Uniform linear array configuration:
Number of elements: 24
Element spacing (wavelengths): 0.25
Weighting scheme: hamming
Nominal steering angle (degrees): -60
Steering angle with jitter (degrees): -58.954
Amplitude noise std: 0.05
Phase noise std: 0.05

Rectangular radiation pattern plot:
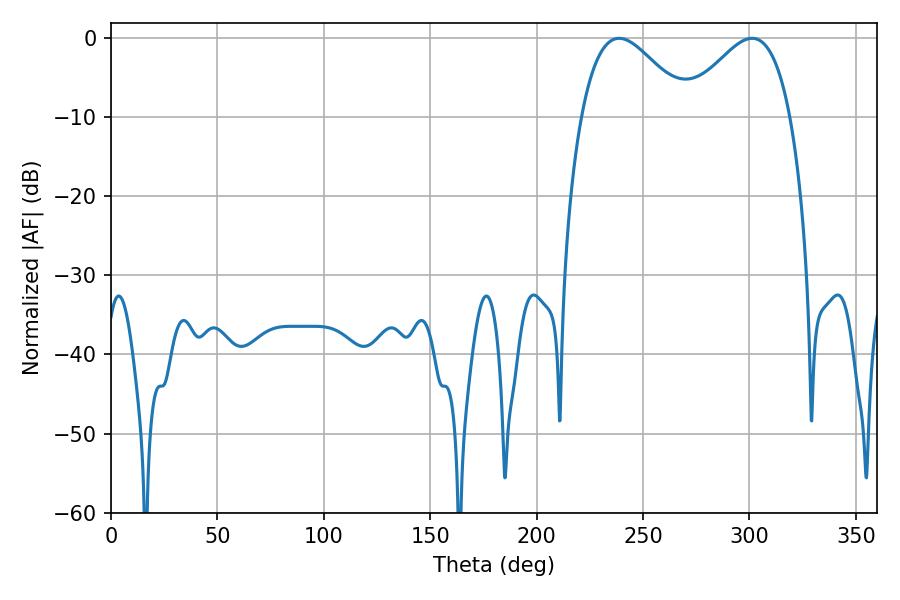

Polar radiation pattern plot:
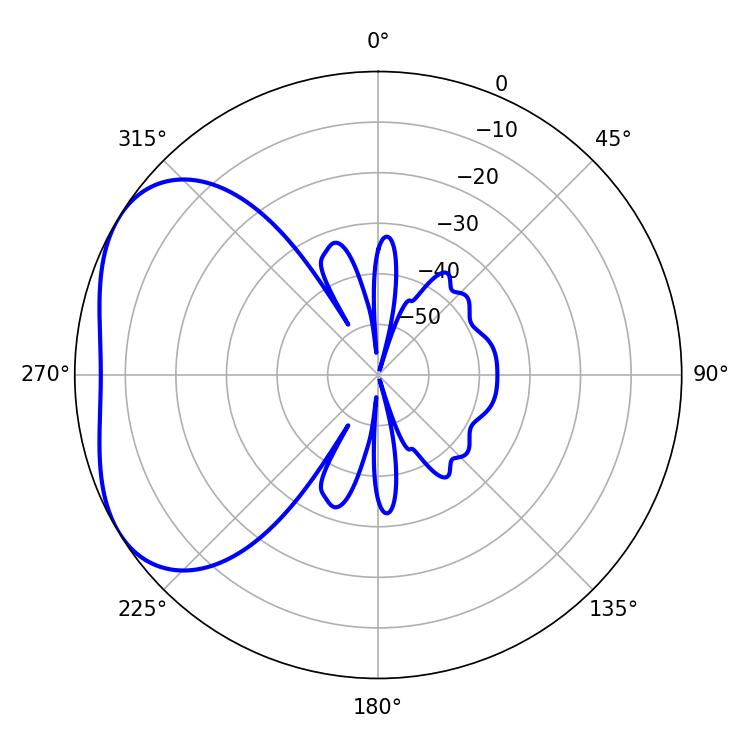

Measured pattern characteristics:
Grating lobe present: FALSE
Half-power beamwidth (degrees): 27
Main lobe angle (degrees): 238.68